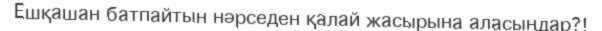
Ешқашан батпайтын нәрседен қалай жасырына аласыңдар?!